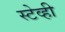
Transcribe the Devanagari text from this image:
स्टेव्ही